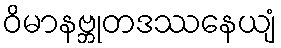
ဝိမာနဗ္ဘုတဒဿနေယျံ